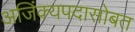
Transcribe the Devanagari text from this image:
अजिंक्यपदासोबत